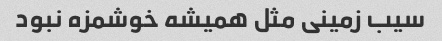
سیب زمینی مثل همیشه خوشمزه نبود